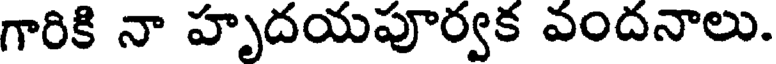
గారికి నా హృదయపూర్వక ఎందనాలు.